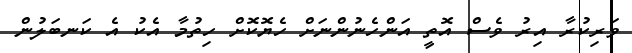
ވަރިކުރާ އިރު ވެސް އޮތީ އަންހެނުންނަށް ހެޔޮކޮށް ހިތުމާ އެކު އެ ކަނބަލުން